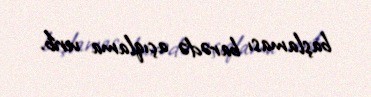
başlaması barədə açıqlama verib.